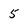
Character: 5